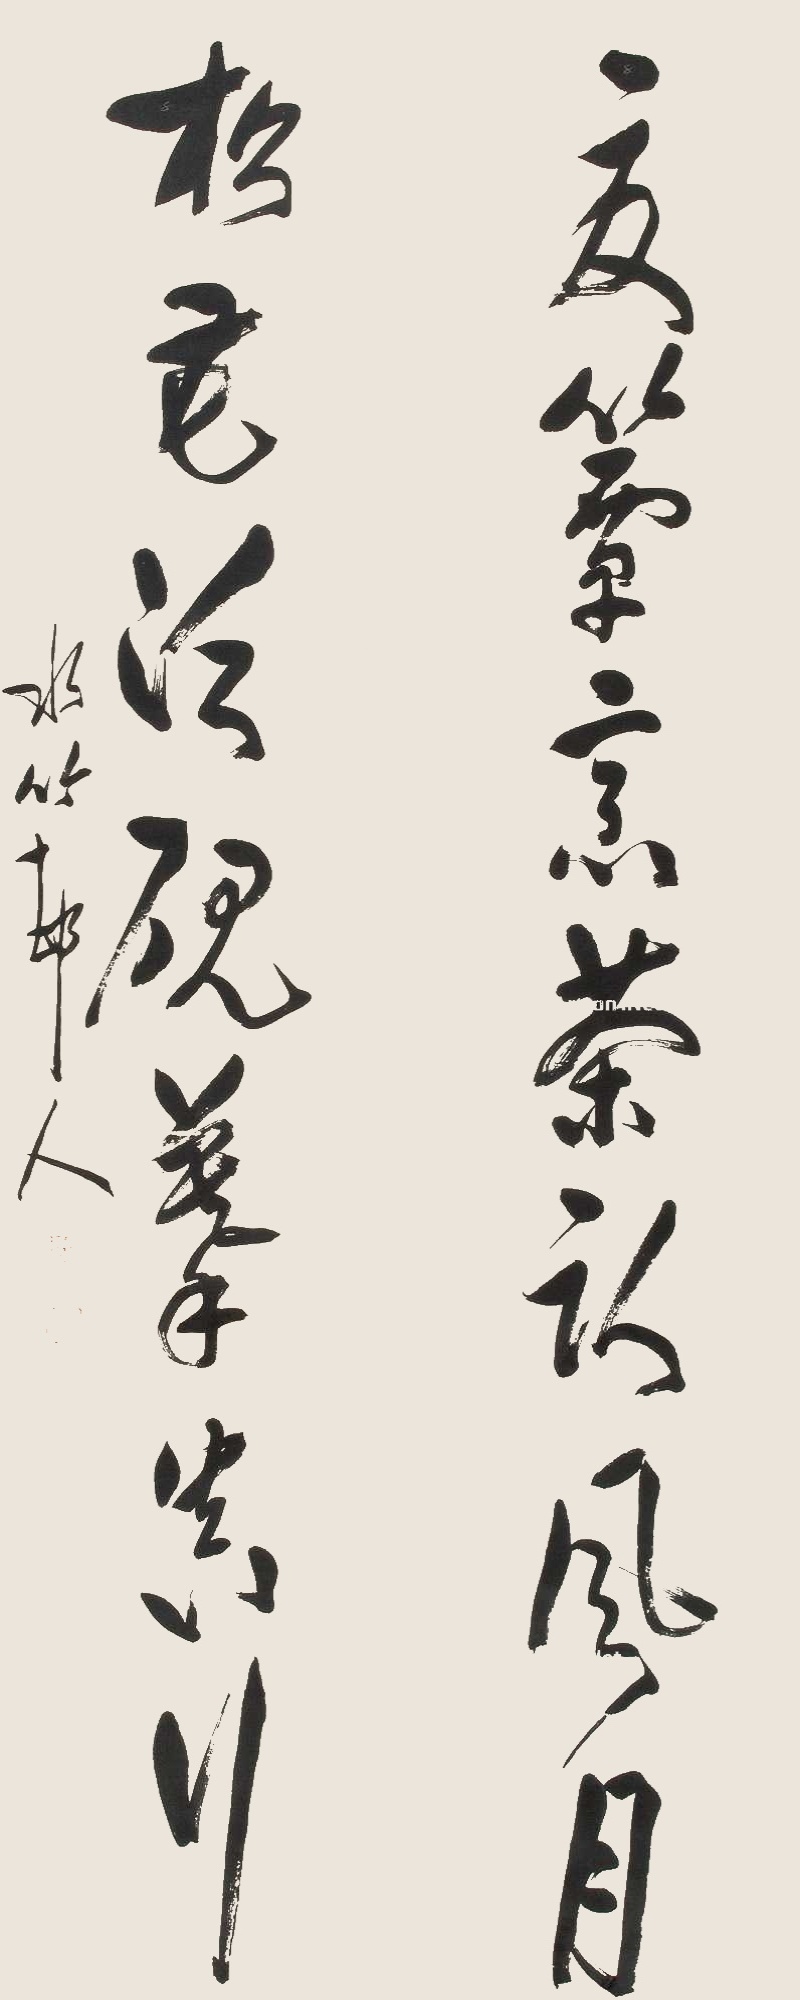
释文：夏簟烹茶卧风月，松花泛砚摹真行。水竹邨人。